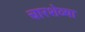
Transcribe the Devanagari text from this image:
चारशेव्या